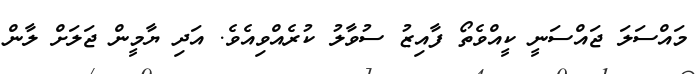
މައްސަލަ ޖައްސަނީ ކީއްވެތޯ ފާއިޒު ސުވާލު ކުރެއްވިއެވެ. އަދި ޔާމީން ޖަލަށް ލާން